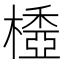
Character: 𣛽